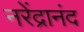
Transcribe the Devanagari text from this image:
नरेंद्रानंद